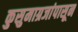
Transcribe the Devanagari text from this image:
कुसुमाग्रजांपासून